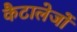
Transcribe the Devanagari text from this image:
कैटालेजों